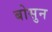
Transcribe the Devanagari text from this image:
बोसुन